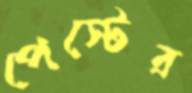
পেস্টের